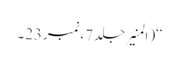
‘‘(المنیرجلد7،نمبر23۔